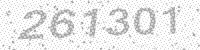
Solution: 261301